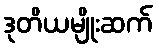
ဒုတိယမျိုးဆက်